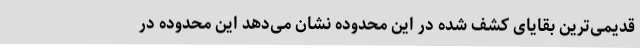
قدیمی‌ترین بقایای کشف شده در این محدوده نشان می‌دهد این محدوده در